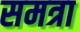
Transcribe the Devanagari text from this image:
समत्रा